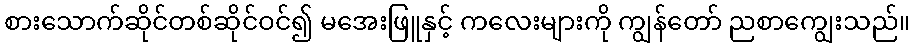
စားသောက်ဆိုင်တစ်ဆိုင်ဝင်၍ မအေးဖြူနှင့် ကလေးများကို ကျွန်တော် ညစာကျွေးသည်။